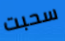
سحبت